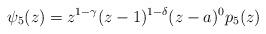
LaTeX: \begin{align*}\psi_{5}(z)=z^{1-\gamma}(z-1)^{1-\delta}(z-a)^{0}p_{5}(z)\end{align*}